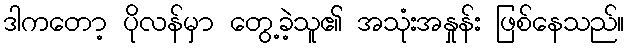
ဒါကတော့ ပိုလန်မှာ တွေ့ခဲ့သူ၏ အသုံးအနှုန်း ဖြစ်နေသည်။